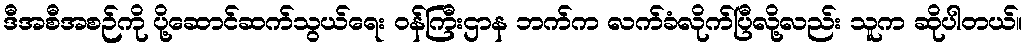
ဒီအစီအစဉ်ကို ပို့ဆောင်ဆက်သွယ်ရေး ဝန်ကြီးဌာန ဘက်က လက်ခံလိုက်ပြီလို့လည်း သူက ဆိုပါတယ်။